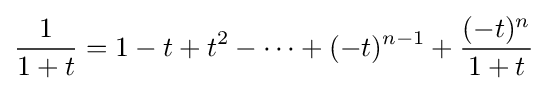
{\frac {1}{1+t}}=1-t+t^{2}-\cdots +(-t)^{n-1}+{\frac {(-t)^{n}}{1+t}}